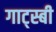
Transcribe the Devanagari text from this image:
गाट्स्बी